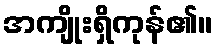
အကျိုးရှိကုန်၏။